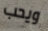
ويحب